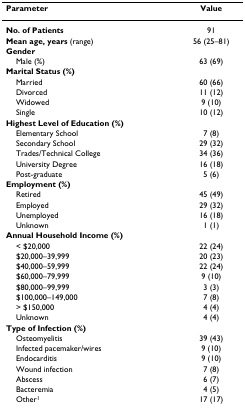
<table><thead><tr><td><b>Parameter</b></td><td><b>Value</b></td></tr></thead><tbody><tr><td><b>No. of Patients</b></td><td>91</td></tr><tr><td><b>Mean age, years </b>(range)</td><td>56 (25–81)</td></tr><tr><td><b>Gender</b></td><td></td></tr><tr><td> Male (%)</td><td>63 (69)</td></tr><tr><td><b>Marital Status (%)</b></td><td></td></tr><tr><td> Married</td><td>60 (66)</td></tr><tr><td> Divorced</td><td>11 (12)</td></tr><tr><td> Widowed</td><td>9 (10)</td></tr><tr><td> Single</td><td>10 (12)</td></tr><tr><td><b>Highest Level of Education (%)</b></td><td></td></tr><tr><td> Elementary School</td><td>7 (8)</td></tr><tr><td> Secondary School</td><td>29 (32)</td></tr><tr><td> Trades/Technical College</td><td>34 (36)</td></tr><tr><td> University Degree</td><td>16 (18)</td></tr><tr><td> Post-graduate</td><td>5 (6)</td></tr><tr><td><b>Employment (%)</b></td><td></td></tr><tr><td> Retired</td><td>45 (49)</td></tr><tr><td> Employed</td><td>29 (32)</td></tr><tr><td> Unemployed</td><td>16 (18)</td></tr><tr><td> Unknown</td><td>1 (1)</td></tr><tr><td><b>Annual Household Income (%)</b></td><td></td></tr><tr><td> &lt; $20,000</td><td>22 (24)</td></tr><tr><td> $20,000–39,999</td><td>20 (23)</td></tr><tr><td> $40,000–59,999</td><td>22 (24)</td></tr><tr><td> $60,000–79,999</td><td>9 (10)</td></tr><tr><td> $80,000–99,999</td><td>3 (3)</td></tr><tr><td> $100,000–149,000</td><td>7 (8)</td></tr><tr><td> &gt; $150,000</td><td>4 (4)</td></tr><tr><td> Unknown</td><td>4 (4)</td></tr><tr><td><b>Type of Infection (%)</b></td><td></td></tr><tr><td> Osteomyelitis</td><td>39 (43)</td></tr><tr><td> Infected pacemaker/wires</td><td>9 (10)</td></tr><tr><td> Endocarditis</td><td>9 (10)</td></tr><tr><td> Wound infection</td><td>7 (8)</td></tr><tr><td> Abscess</td><td>6 (7)</td></tr><tr><td> Bacteremia</td><td>4 (5)</td></tr><tr><td> Other<sup>1</sup></td><td>17 (17)</td></tr></tbody></table>